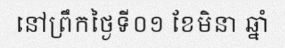
នៅព្រឹកថ្ងៃទី០១ ខែមិនា ឆ្នាំ